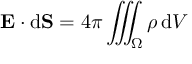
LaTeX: \mathbf { E } \cdot \mathrm { d } \mathbf { S } = 4 \pi \iiint _ { \Omega } \rho \, \mathrm { d } V